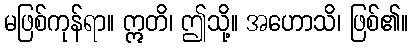
မဖြစ်ကုန်ရာ။ ဣတိ၊ ဤသို့။ အဟောသိ၊ ဖြစ်၏။